Scottish Leaving Certificate Examination, 1959
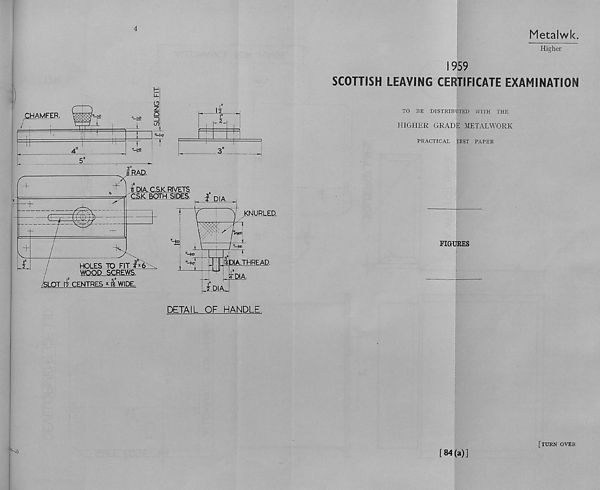
4
CHAMFER.
r-ee j i
=_!£
_±
-ts
“T
I i
I 2
A
Iraq.
knurled.
DETAIL OF HANDLE.
9-2)
Metalwk.
Higher
1959
SCOTTISH LEAVING CERTIFICATE EXAMINATION
TO BE DISTRIBUTED WITH THE
HIGHER GRADE METALWORK
PRACTICAL TEST PAPER
FIGURES